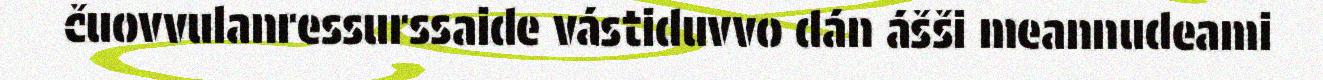
čuovvulanressurssaide vástiduvvo dán ášši meannudeami